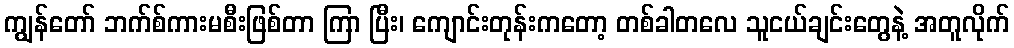
ကျွန်တော် ဘက်စ်ကားမစီးဖြစ်တာ ကြာ ပြီး၊ ကျောင်းတုန်းကတော့ တစ်ခါတလေ သူငယ်ချင်းတွေနဲ့ အတူလိုက်